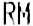
RM